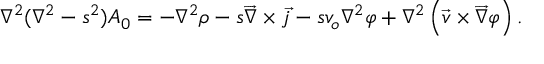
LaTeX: \nabla ^ { 2 } ( \nabla ^ { 2 } - s ^ { 2 } ) A _ { 0 } = - \nabla ^ { 2 } \rho - s \overrightarrow { \nabla } \times \overrightarrow { j } - s v _ { o } \nabla ^ { 2 } \varphi + \nabla ^ { 2 } \left( \overrightarrow { v } \times \overrightarrow { \nabla } \varphi \right) .